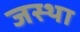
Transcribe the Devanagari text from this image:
जस्था